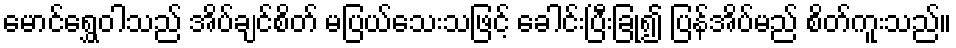
မောင်ရွှေဝါသည် အိပ်ချင်စိတ် မပြယ်သေးသဖြင့် ခေါင်းပြီးခြုံ၍ ပြန်အိပ်မည် စိတ်ကူးသည်။